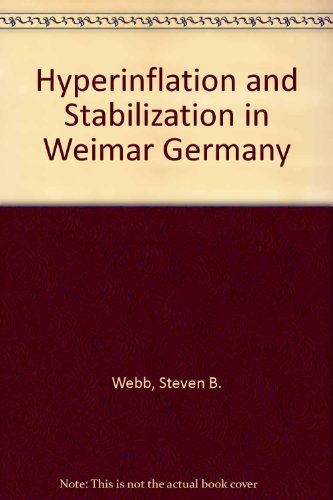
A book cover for Hyperinflation and Stabilization in Weimar Germany; Steven B. Webb; Business & Money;